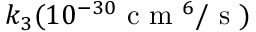
k _ { 3 } ( 1 0 ^ { - 3 0 } \mathrm { ~ c ~ m ~ } ^ { 6 } / \mathrm { ~ s ~ } )